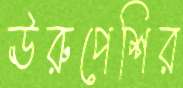
ঊরুপেশির